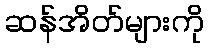
ဆန်အိတ်များကို